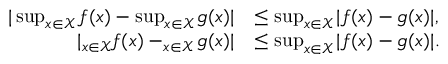
\begin{array} { r l } { | \operatorname* { s u p } _ { x \in \mathcal { X } } f ( x ) - \operatorname* { s u p } _ { x \in \mathcal { X } } g ( x ) | } & { \leq \operatorname* { s u p } _ { x \in \mathcal { X } } | f ( x ) - g ( x ) | , } \\ { | \relax _ { x \in \mathcal { X } } f ( x ) - \relax _ { x \in \mathcal { X } } g ( x ) | } & { \leq \operatorname* { s u p } _ { x \in \mathcal { X } } | f ( x ) - g ( x ) | . } \end{array}